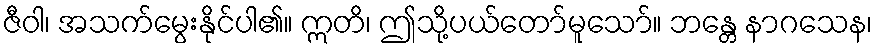
ဇီဝါ၊ အသက်မွေးနိုင်ပါ၏။ ဣတိ၊ ဤသို့ပယ်တော်မူသော်။ ဘန္တေ နာဂသေန၊